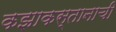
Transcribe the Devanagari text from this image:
कझाकस्तानाची